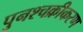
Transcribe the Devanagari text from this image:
पुनश्चक्रीकरण